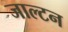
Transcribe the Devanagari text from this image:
जाल्‍टन